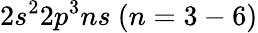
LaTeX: {{2s^{2}2p^{3}ns~(n=3-6)}}